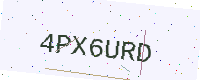
Text: 4PX6URD